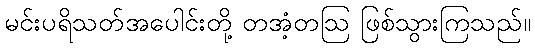
မင်းပရိသတ်အပေါင်းတို့ တအံ့တဩ ဖြစ်သွားကြသည်။